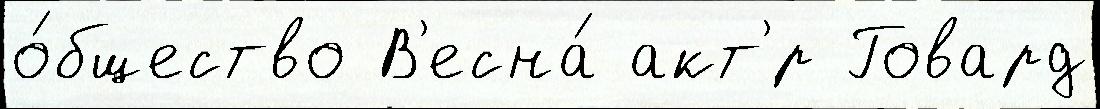
о́бщество В'есна́ акт'́р Говард